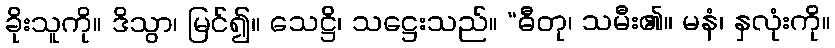
ခိုးသူကို။ ဒိသွာ၊ မြင်၍။ သေဋ္ဌိ၊ သဋ္ဌေးသည်။ “ဓီတု၊ သမီး၏။ မနံ၊ နှလုံးကို။